Reports on dispensaries and lunatic asylums in the Province of Oudh - 1869-1876
Year: 1869
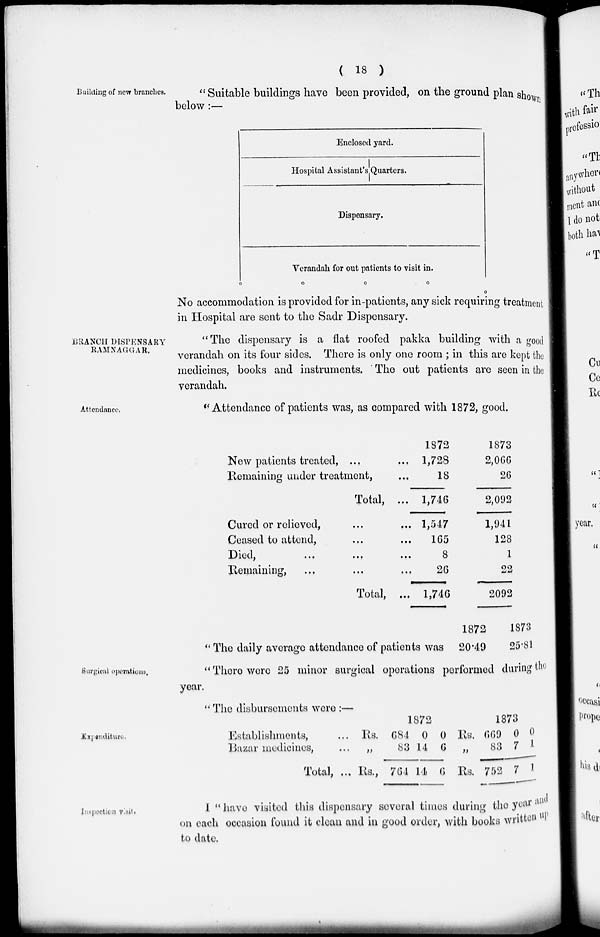
( 18 )
Building of new branches.
" Suitable buildings have been provided, on the ground plan shown
below :—
Enclosed yard.
Hospital Assistant's Quarters.
Dispensary.
Verandah for out patients to visit in.
No accommodation is provided for in-patients, any sick requiring treatment
in Hospital are sent to the Sadr Dispensary.
BRANCH DISPENSARY
RAMNAGGAR.
"The dispensary is a flat roofed pakka building with a good
verandah on its four sides. There is only one room ; in this are kept the
medicines, books and instruments. The out patients are seen in the
verandah.
Attendance.
"Attendance of patients was, as compared with 1872, good.
New patients treated, ... ...
Remaining under treatment, ...
Total, ...
Cured or relieved, ... ...
Ceased to attend, ... ...
Died,
...
... ...
Remaining, ... ... ...
Total, ...
1872
1,728
18
1,746
1,547
165
8
26
1,746
1873
2,066
26
2,092
1,941
128
1
22
2092
" The daily average attendance of patients was
1872
20.49
1873
25.81
Surgical operations.
"There were 25 minor surgical operations performed during the
year.
"The disbursements were :—
Expenditure.
Establishments, ...
Bazar medicines, ...
Total, ...
1872
Rs.
„
Rs.,
684
83
764
0
14
14
0
6
6
1873
Rs.
„
Rs.
669
83
752
0
7
7
0
1
1
Inspection
visit,
I "have visited this dispensary several times during the year and
on each occasion found it clean and in good order, with books written up
to date.